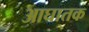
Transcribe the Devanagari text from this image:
आघातक